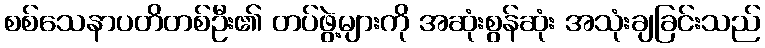
စစ်သေနာပတိတစ်ဦး၏ တပ်ဖွဲ့များကို အဆုံးစွန်ဆုံး အသုံးချခြင်းသည်